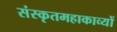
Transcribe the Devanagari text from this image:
संस्कृतमहाकाव्यों